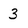
Character: 3